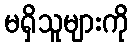
မရှိသူများကို